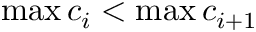
\operatorname* { m a x } { c _ { i } } < \operatorname* { m a x } { c _ { i + 1 } }